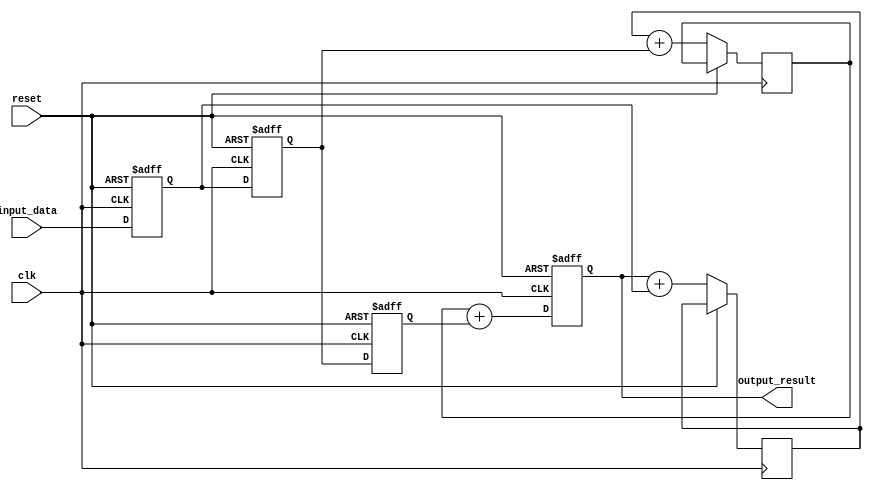
module cascaded_accumulator(
    input wire clk,
    input wire reset,
    input wire [15:0] input_data,
    output wire [31:0] output_result
);

reg [31:0] running_total;

reg [15:0] input_data_reg1;
reg [15:0] input_data_reg2;
reg [15:0] input_data_reg3;

// Adder blocks
reg [31:0] adder1_out;
reg [31:0] adder2_out;

always @(posedge clk or posedge reset) begin
    if (reset) begin
        running_total <= 32'b0;
        input_data_reg1 <= 16'b0;
        input_data_reg2 <= 16'b0;
        input_data_reg3 <= 16'b0;
    end else begin
        input_data_reg1 <= input_data;
        input_data_reg2 <= input_data_reg1;
        input_data_reg3 <= input_data_reg2;
        
        adder1_out <= running_total + input_data_reg1;
        adder2_out <= adder1_out + input_data_reg2;
        running_total <= adder2_out + input_data_reg3;
    end
end

assign output_result = running_total;

endmodule